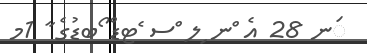
ަނ 28 އެ ްނ ިލ ްސ ެޓޑް ޯބޑުގެ ާ 1މ